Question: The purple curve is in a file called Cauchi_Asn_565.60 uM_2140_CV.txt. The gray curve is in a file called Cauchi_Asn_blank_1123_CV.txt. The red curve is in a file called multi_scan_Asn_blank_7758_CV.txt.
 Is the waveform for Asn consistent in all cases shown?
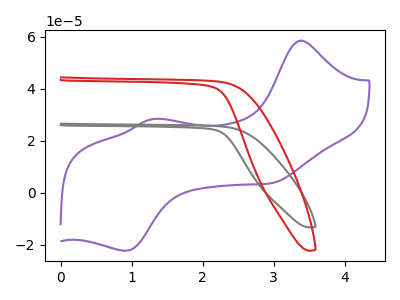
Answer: <think>The purple curve "Asn 565.60 uM" has anodic peaks at (3.35V, 58.50uA) (1.30V, 28.40uA) and cathodic peaks at (3.00V, 3.90uA) (0.90V, -22.30uA). The gray curve "Asn blank" has no peaks. The red curve "Asn blank" has no peaks.
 "Asn 565.60 uM" and "Asn blank" have a different number of peaks. "Asn 565.60 uM" and "Asn blank" have a different number of peaks. Neither "Asn blank" or "Asn blank" have any peaks.</think>
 <answer>All the CV's of "Asn" have similar shape.</answer>
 <eval>follow_rule</eval>